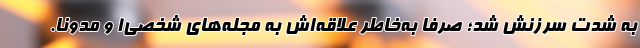
به شدت سرزنش شد؛ صرفاً به‌خاطر علاقه‌اش به مجله‌های شخصی۱ و مدونا.